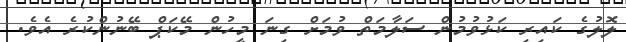
ލޮލުގެ ކައިރި ކަޅުވުމުން ސަލާމަތް ވުމަށް ގިނަ މީހުން މޭކަޕް ބޭނުންކުރެ އެވެ.